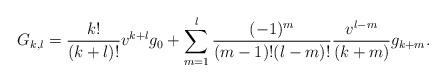
LaTeX: \begin{align*} G_{k,l}=\frac{k!}{(k+l)!}v^{k+l}g_0+\sum_{m=1}^l\frac{(-1)^m}{(m-1)!(l-m)!}\frac{v^{l-m}}{(k+m)}g_{k+m}.\end{align*}